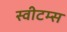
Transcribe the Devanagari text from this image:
स्वीटम्स